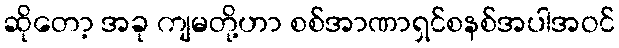
ဆိုတော့ အခု ကျမတို့ဟာ စစ်အာဏာရှင်စနစ်အပါအဝင်